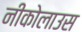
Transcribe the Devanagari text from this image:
नीकोलाउस